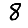
Digit: 8